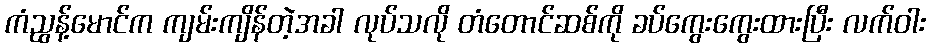
ကံညွန့်မောင်က ကျမ်းကျိန်တဲ့အခါ လုပ်သလို တံတောင်ဆစ်ကို ခပ်ကွေးကွေးထားပြီး လက်ဝါး